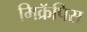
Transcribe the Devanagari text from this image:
मिक्रॅपिस